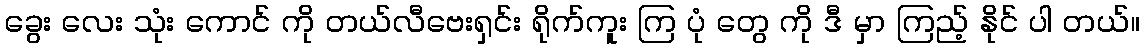
ခွေး လေး သုံး ကောင် ကို တယ်လီဗေးရှင်း ရိုက်ကူး ကြ ပုံ တွေ ကို ဒီ မှာ ကြည့် နိုင် ပါ တယ်။